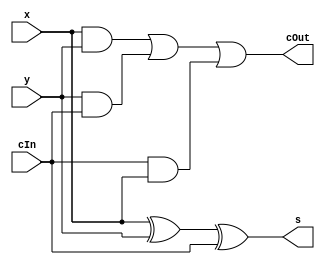
module  fullAdder(x, y, cIn, s, cOut);

    input x, y, cIn;
    output s, cOut;

    assign s = x ^ y ^ cIn;
    
    assign cOut = (x&y) | (y&cIn) |  (cIn&x);

endmodule